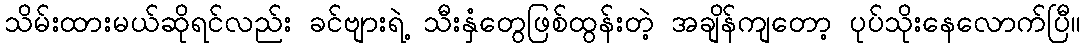
သိမ်းထားမယ်ဆိုရင်လည်း ခင်ဗျားရဲ့ သီးနှံတွေဖြစ်ထွန်းတဲ့ အချိန်ကျတော့ ပုပ်သိုးနေလောက်ပြီ။